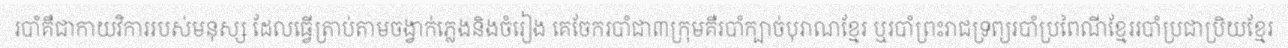
របាំគឺជាកាយវិការរបស់មនុស្ស ដែលធ្វើត្រាប់តាមចង្វាក់ភ្លេងនិងចំរៀង គេចែករបាំជា៣ក្រុមគឺរបាំក្បាច់បុរាណខ្មែរ ឬរបាំព្រះរាជទ្រព្យរបាំប្រពៃណីខ្មែររបាំប្រជាប្រិយខ្មែរ